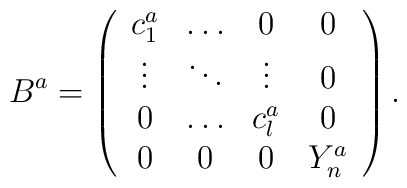
B^a = \left(\begin{array}{cccc}c_1^a & \ldots & 0 & 0\\\vdots & \ddots & \vdots & 0 \\0 & \ldots & c_l^a & 0 \\0 & 0 & 0 & Y_n^a \end{array} \right).